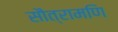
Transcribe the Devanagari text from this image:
सौत्रामणि